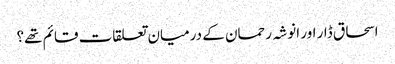
اسحاق ڈار اور انوشہ رحمان کے درمیان تعلقات قائم تھے؟